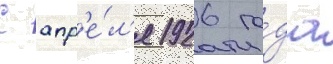
С апр'е́л'я 1926 го́да